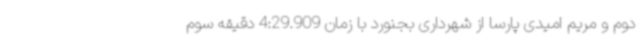
دوم و مریم امیدی پارسا از شهرداری بجنورد با زمان 4:29.909 دقیقه سوم